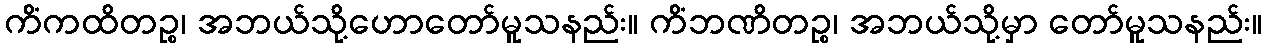
ကိံကထိတဉ္စ၊ အဘယ်သို့ဟောတော်မူသနည်း။ ကိံဘဏိတဉ္စ၊ အဘယ်သို့မှာ တော်မူသနည်း။